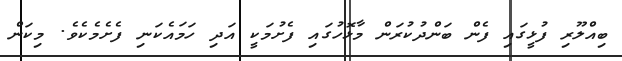
ބިއްލޫރި ފުޅީގައި ފެން ބަންދުކުރަން މާޅޮހުގައި ފެށުމަކީ އަދި ހަމައެކަނި ފެށެމެކެވެ. މިކަން